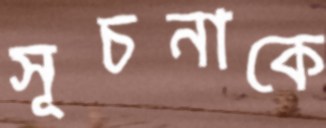
সূচনাকে